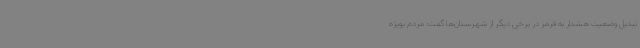
تبدیل وضعیت هشدار به قرمز در برخی دیگر از شهرستان‌ها گفت: مردم بویژه